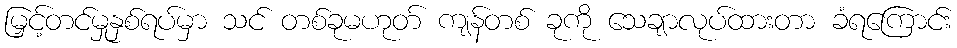
မြှင့်တင်မှုနှစ်ရပ်မှာ သင် တစ်ခုမဟုတ် ကျန်တစ် ခုကို သေချာလုပ်ထားတာ ခံရကြောင်း